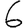
Digit: 6